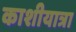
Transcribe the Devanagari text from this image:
काशीयात्रा